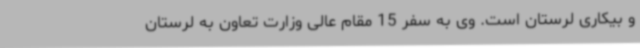
و بیکاری لرستان است. وی به سفر 15 مقام عالی وزارت تعاون به لرستان